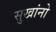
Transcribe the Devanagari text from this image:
सुखांनो